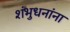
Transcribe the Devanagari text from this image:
शंभुधनांना